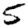
Digit: 5